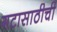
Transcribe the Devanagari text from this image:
गटासाठीची